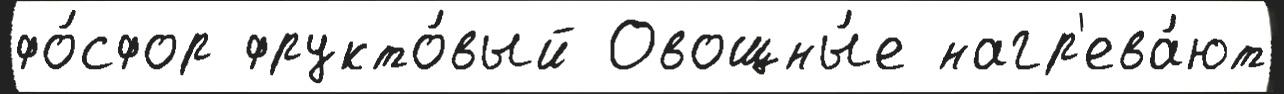
фо́сфор фрукто́вый Овощны́е нагр'ева́ют